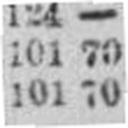
101 70